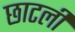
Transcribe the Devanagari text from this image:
छाटलीं